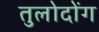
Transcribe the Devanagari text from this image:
तुलोदोंग